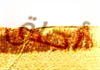
أحلق